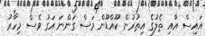
އައިސް އާއި ތެލުގެ އިތުރުން ކޫއްޑޫން މަސް ގަންނަ އަގު ވެސް މިހާރު